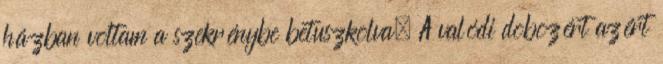
házban voltam a szekrénybe betuszkolva. A valódi dobozért azért